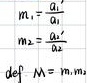
\[
\begin{align*}
m_1&=\frac{a_1}{a_1'}\\
m_2&=\frac{a_2}{a_2'}\\
\mathrm{def}\ M&=\min\{m_1,m_2\}
\end{align*}
\]